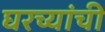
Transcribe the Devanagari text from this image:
घरच्यांची